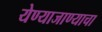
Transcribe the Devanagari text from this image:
येण्याजाण्याचा